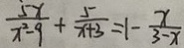
\frac { 5 x } { x ^ { 2 } - 9 } + \frac { 5 } { x + 3 } = 1 - \frac { x } { 3 - x }